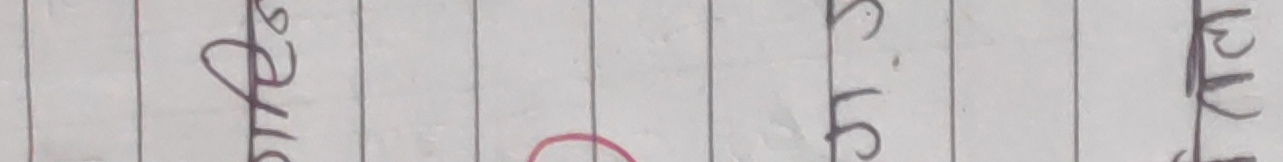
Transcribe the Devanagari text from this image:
आफ्नो ३.१२